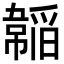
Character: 𩏍